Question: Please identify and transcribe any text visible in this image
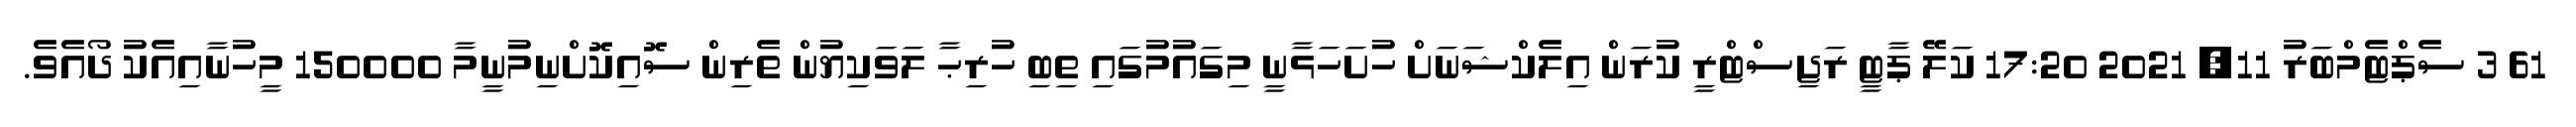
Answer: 61 3 ސެޕްޓެމްބަރު 11, 2021 17:20 ކަލޭ ޕާޓީ ރަޖިސްޓްރީ ކުރަން އިލެކްޝަނަށް ހުށަހަޅާނީ މިގައުމުގައި ތިބި ހުރިޙާ ލަވަކިޔުން ތެރިން ސޮއިކޮށްނިމުނީމާ 150000 މީހުނާއިއެކު ދޯއެވެ.